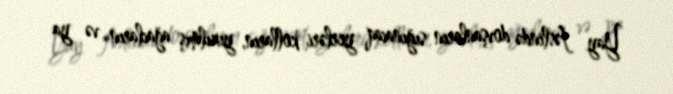
Yay fəslində dovşanların sığınacaq yerləri kolların, yıxılmış ağacların və ya